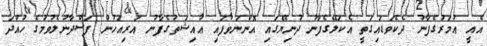
އެއީ ޢުމަރުގެފާނު ދެކެވަޑައިގަތީ އެކަލޭގެފާނު ދުނިޔޭގައި އޮންނަވާފައި ޢާއިޝަތުގެފާނު އަރިއަހުން ފަސްދާނުލެވުމުގެ ހުއްދަ